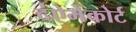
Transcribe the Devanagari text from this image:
द॑ऐमेकोर्ट